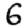
Digit: 6